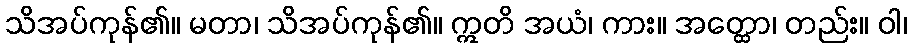
သိအပ်ကုန်၏။ မတာ၊ သိအပ်ကုန်၏။ ဣတိ အယံ၊ ကား။ အတ္ထော၊ တည်း။ ဝါ၊